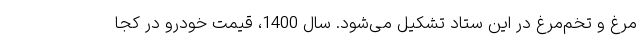
مرغ و تخم‌مرغ در این ستاد تشکیل می‌شود. سال 1400، قیمت خودرو در کجا